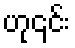
ဟု၎င်း